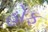
હોફ